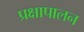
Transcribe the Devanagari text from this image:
प्रक्षापालन